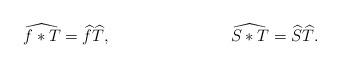
LaTeX: \begin{align*}\widehat{f*T} &= \widehat{f}\widehat{T}, & \widehat{S*T} &= \widehat{S}\widehat{T}.\end{align*}